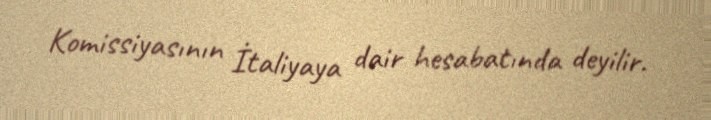
Komissiyasının İtaliyaya dair hesabatında deyilir.